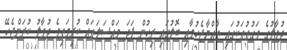
ދުވާލުގެ ވަގުތުތަކުގައި ތާއްޔާޖެހުމާއި ބޮލުގައި ރިހުން ފަދަ މައްސަލަތައް ކުރިމަތިވެ ދުވާލު ކުރަންޖެހޭ